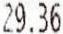
29.36